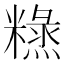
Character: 𥼙